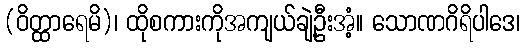
(ဝိတ္ထာရေမိ)၊ ထိုစကားကိုအကျယ်ချဲ့ဦးအံ့။ သောဏဂိရိပါဒေ၊